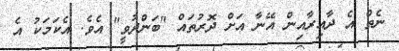
ނެތް އެ ދާއިރާއިން އޭނާ އަށް ދޮރުތައް "ބަންދުވީ" އެވެ. އެކަމަކު އެ